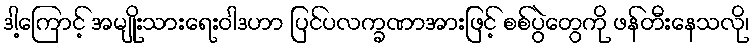
ဒါ့ကြောင့် အမျိုးသားရေးဝါဒဟာ ပြင်ပလက္ခဏာအားဖြင့် စစ်ပွဲတွေကို ဖန်တီးနေသလို၊